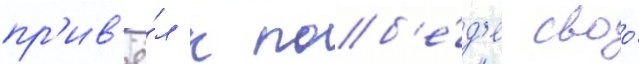
пр'ив'ё́л к поб'е́д'е своо́